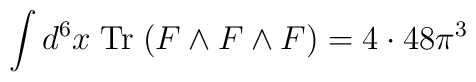
\int d^6x \; {\rm Tr}\; (F \wedge F \wedge F) = 4 \cdot 48 \pi^3